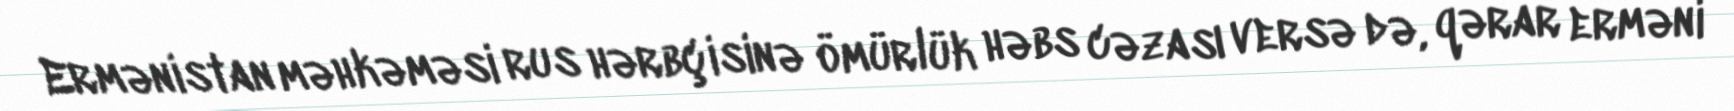
Ermənistan məhkəməsi rus hərbçisinə ömürlük həbs cəzası versə də, qərar erməni